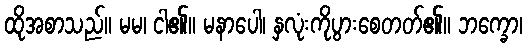
ထိုအစာသည်။ မမ၊ ငါ၏။ မနာပေါ၊ နှလုံးကိုပွားစေတတ်၏။ ဘက္ခော၊